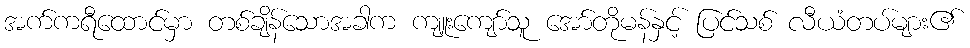
အက်ကရီထောင်မှာ တစ်ချိန်သောအခါက ကျူးကျော်သူ အော်တိုမန်နှင့် ပြင်သစ် လီယံတပ်များ၏